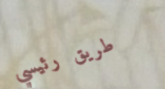
طريق رئيسي